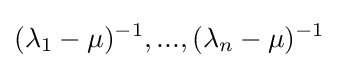
(\lambda _{1}-\mu )^{-1},...,(\lambda _{n}-\mu )^{-1}